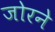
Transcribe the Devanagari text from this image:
जोरने